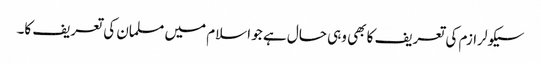
سیکولرازم کی تعریف کا بھی وہی حال ہے جو اسلام میں مسلمان کی تعریف کا۔